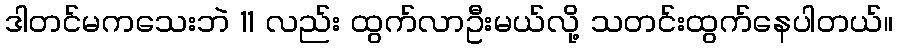
ဒါတင်မကသေးဘဲ 11 လည်း ထွက်လာဦးမယ်လို့ သတင်းထွက်နေပါတယ်။